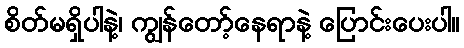
စိတ်မရှိပါနဲ့၊ ကျွန်တော့်နေရာနဲ့ ပြောင်းပေးပါ။